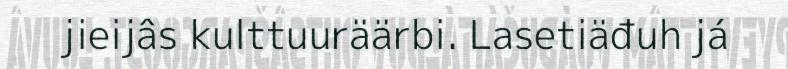
jieijâs kulttuuräärbi. Lasetiäđuh já